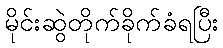
မိုင်းဆွဲတိုက်ခိုက်ခံရပြီး